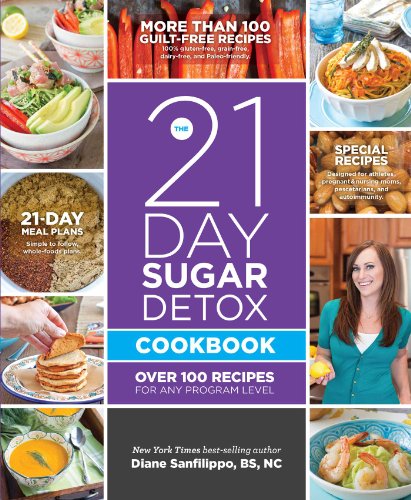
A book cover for The 21-Day Sugar Detox Cookbook: Over 100 Recipes for Any Program Level; Diane Sanfilippo BS  NC; Cookbooks, Food & Wine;